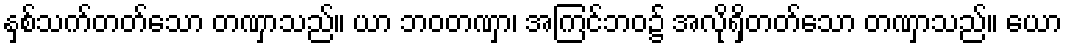
နှစ်သက်တတ်သော တဏှာသည်။ ယာ ဘဝတဏှာ၊ အကြင်ဘဝ၌ အလိုရှိတတ်သော တဏှာသည်။ ယော